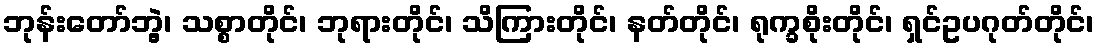
ဘုန်းတော်ဘွဲ့၊ သစ္စာတိုင်၊ ဘုရားတိုင်၊ သိကြားတိုင်၊ နတ်တိုင်၊ ရုက္ခစိုးတိုင်၊ ရှင်ဥပဂုတ်တိုင်၊